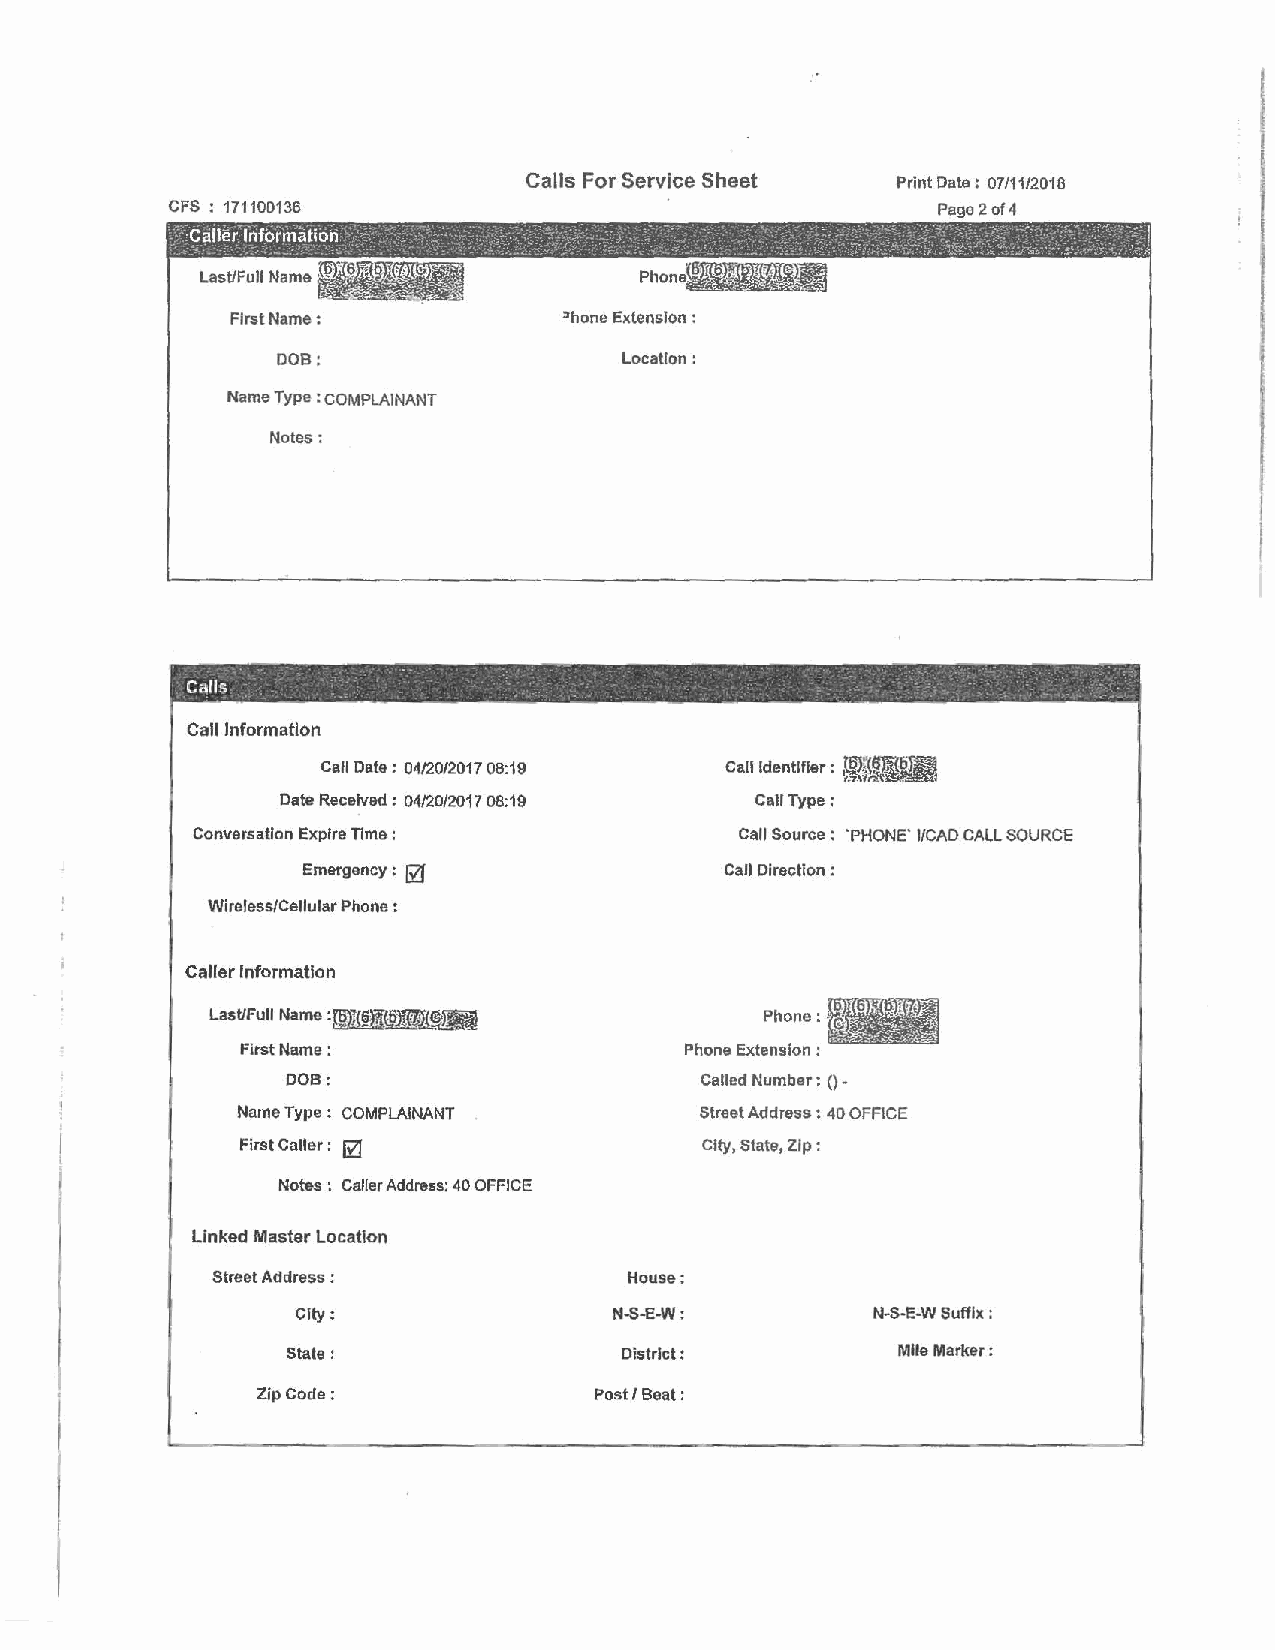
Calls For Service Sheet Print Date: 07/11/2018
 CFS : 171100136                                    Page 2 of 4
 Last/Full Name ·
 First Name:           "hone Extension :
 DOB:                  location:
 Name Type : COMPLAINANT
 Notes:
 ·-
 .                             -        .
 Ca!ls                .                   - . -    , ·       :. .
 Call Information
 ;1~
 Call Date: 04/20/2017 08:19 Call Identifier:
 Date Received: 04/20/2017 08:19 Call Type:
 Conversation Expire Tlme :          Call Source : 'PHONE' I/CAD CALL SOURCE
 Emergency : @               Call Direction :
 Wireless/Cellular Phone :
 Caller Information
 Last/Full Name :[§)J{~)~§')N         Phone:
 First Name:                  Phone Extension :
 DOB:                        Called Number : () -
 Name Type : COMPLAINANT       Street Address : 40 OFFICE
 First Caller: @                City, State, Zip:
 Notes : Caller Address: 40 OFFICE
 Linked Master Location
 Street Address :            House:
 City:                N-S-E-W:         N-5-E-W Suffix ;
 state :               District:          Mlle Marker:
 Zip Code:              Post/ Beat: